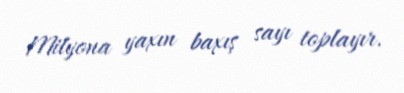
Milyona yaxın baxış sayı toplayır.